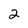
Character: 2